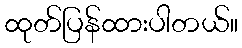
ထုတ်ပြန်ထားပါတယ်။